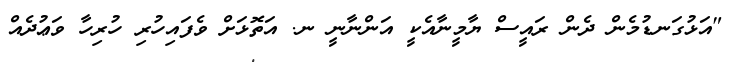
"އަޅުގަނޑުމެން ދެން ރައީސް ޔާމީނާއެކީ އަންނާނީ ނ. އަތޮޅަށް ވެފައިހުރި ހުރިހާ ވަޢުދެއް